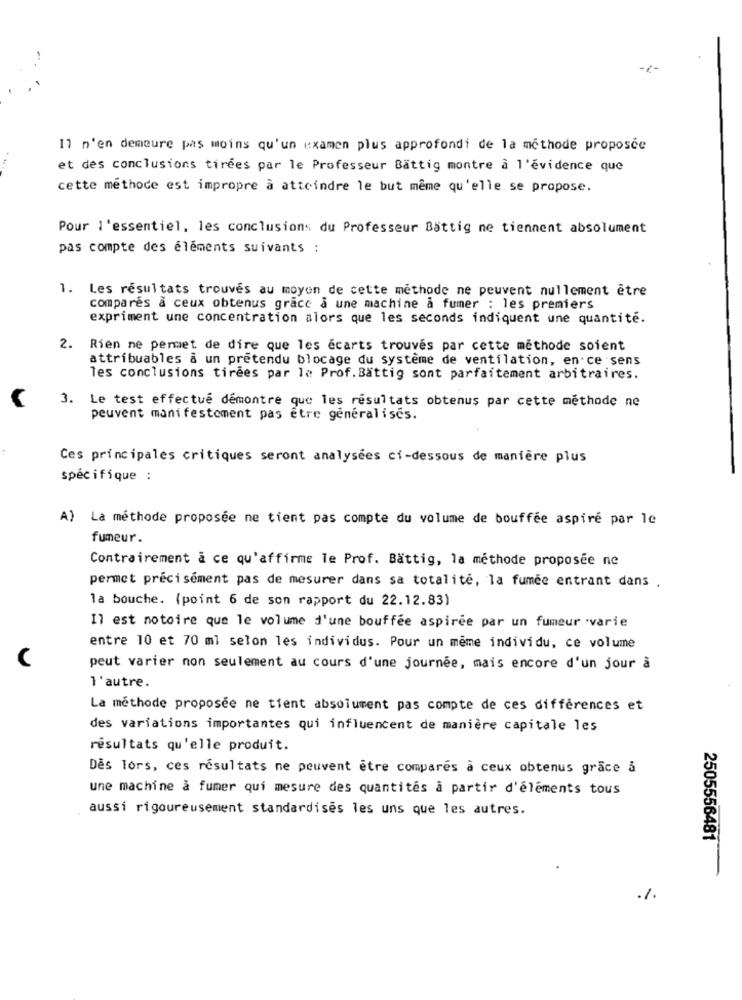
-
-7-
Il n'en demeure pas moins qu'un examen plus approfondi de la méthode proposée
et des conclusions tirées par le Professeur Battig montre a l'évidence que
cette méthode est impropre à atteindre le but même qu'elle se propose.
Pour l'essentiel, les conclusions du Professeur Sattig ne tiennent absolument
pas compte des éléments suivants :
1. Les résultats trouvés au moyen de cette méthode ne peuvent nullement être
compares a ceux obtenus grace a une machine a fumer : les premiers
expriment une concentration alors que les seconds indiquent une quantité.
2. Rien ne permet de dire que les écarts trouvés par cette méthode soient
attribuables a un prétendu blocage du système de ventilation, en ce sens
les conclusions tirees par le Prof. Battig sont parfaitement arbitraires.
3. Le test effectué démontre que les résultats obtenus par cette méthode ne
peuvent manifestement pas être generalises.
Ces principales critiques seront analysées ci-dessous de manière plus
spécifique :
A) La méthode proposée ne tient pas compte du volume de bouffée aspire par le
fumeur.
Contrairement à ce qu'affirme le Prof. Battig, la méthode proposée ne
permet précisément pas de mesurer dans sa totalité, la fumée entrant dans .
la bouche. (point 6 de son rapport du 22.12.83)
Il est notoire que le volume d'une bouffée aspirée par un fumeur varie
entre 10 et 70 ml selon les individus. Pour un même individu, ce volume
C
peut varier non seulement au cours d'une journée, mais encore d'un jour à
l'autre.
La méthode proposée ne tient absolument pas compte de ces différences et
des variations importantes qui influencent de manière capitale les
résultats qu'elle produit.
Des Tors, ces résultats ne peuvent être compares à ceux obtenus grâce à
une machine à fumer qui mesure des quantités a partir d'éléments tous
aussi rigoureusement standardises les uns que les autres.
2505556481
.%